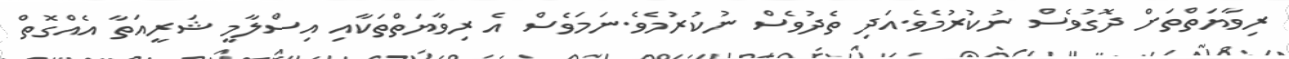
ރިވާޔަތްތަށް ދޮގުވެސް ނުކުރުމެވެ.އަދި ތެދުވެސް ނުކުރުމެވެ.ނަމަވެސް އެ ރިވާޔަތްތަކާއި އިސްލާމީ ޝަރީއަތާ އެއްގޮތް